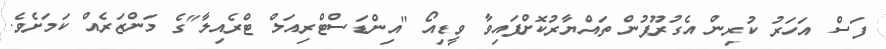
ފަސް އަހަރު ކުރިން އެގުރޫޕުން ތައްޔާރުކޮށްފައިވާ ވީޑިއޯ "އިންޑަސްޓްރިއަލް ޓްރެއިލާ"ގެ މަންޒަރެއް ކަމަށެވެ.